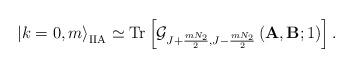
LaTeX: \begin{align*}\left| k=0, m \right>_{\mathrm{IIA}} \simeq \mathrm{Tr} \left[ \mathcal{G}_{J+\frac{m N_2}{2},J-\frac{m N_2}{2}} \left( \mathbf{A}, \mathbf{B}; 1 \right) \right].\end{align*}